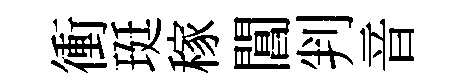
衝珽稼閶判音